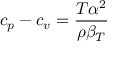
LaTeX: c _ { p } - c _ { v } = { \frac { T \alpha ^ { 2 } } { \rho \beta _ { T } } }